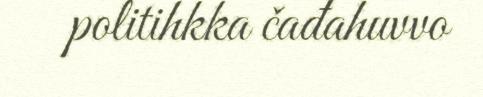
politihkka čađahuvvo